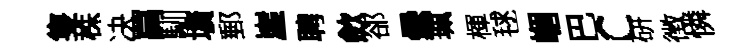
隻株决罥馴壙郵崖聘歛郤纍珮楎毬嵋巴c硏徴憐